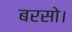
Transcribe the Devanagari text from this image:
बरसो।